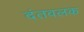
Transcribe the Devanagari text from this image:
दंतवलक